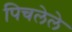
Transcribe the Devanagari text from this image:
पिचलेले